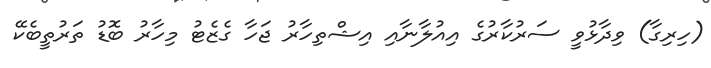
(ހިރިގާ) ވިދާޅުވީ ސަރުކާރުގެ އިއުލާނާއި އިޝްތިހާރު ޖަހާ ގެޒެޓު މިހާރު ބޮޑު ތަރުތީބެކޭ